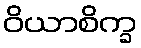
ဝိယာစိက္ခ